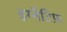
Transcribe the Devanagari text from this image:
इग्नैटिफ़